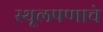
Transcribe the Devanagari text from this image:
स्थूलपणाचे